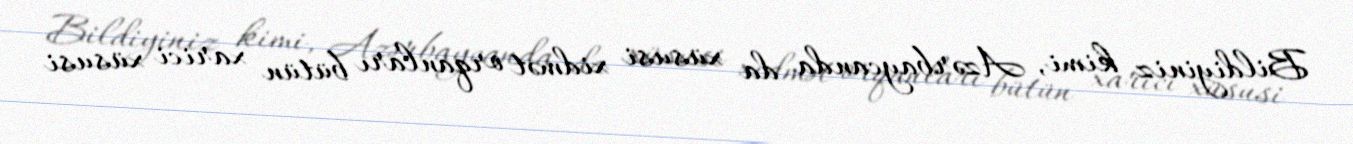
Bildiyiniz kimi, Azərbaycanda da xüsusi xidmət orqanları bütün xarici xüsusi